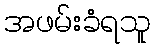
အဖမ်းခံရသူ